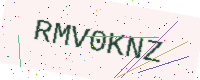
Text: RMV0KNZ